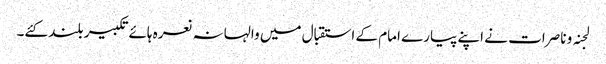
لجنہ و ناصرات نے اپنے پیارے امام کے استقبال میں والہانہ نعرہ ہائےتکبیر بلند کئے۔